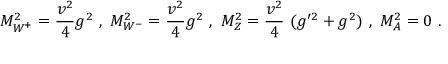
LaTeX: M _ { W ^ { + } } ^ { 2 } = { \frac { v ^ { 2 } } { 4 } } g ^ { 2 } ~ , ~ M _ { W ^ { - } } ^ { 2 } = { \frac { v ^ { 2 } } { 4 } } g ^ { 2 } ~ , ~ M _ { Z } ^ { 2 } = { \frac { v ^ { 2 } } { 4 } } ~ ( g ^ { \prime 2 } + g ^ { 2 } ) ~ , ~ M _ { A } ^ { 2 } = 0 \ .